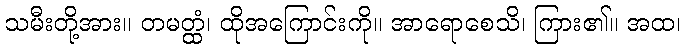
သမီးတို့အား။ တမတ္ထံ၊ ထိုအကြောင်းကို။ အာရောစေသိ၊ ကြား၏။ အထ၊